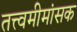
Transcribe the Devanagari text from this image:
तत्त्वमीमांसक